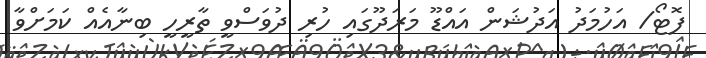
ފޮޓޯ/ އަހުމަދު އަދުޝަން އައްޑޫ މަރަދޫގައި ހުރި ދުވަސްވީ ތާރީހީ ބިނާއެއް ކަމަށްވާ